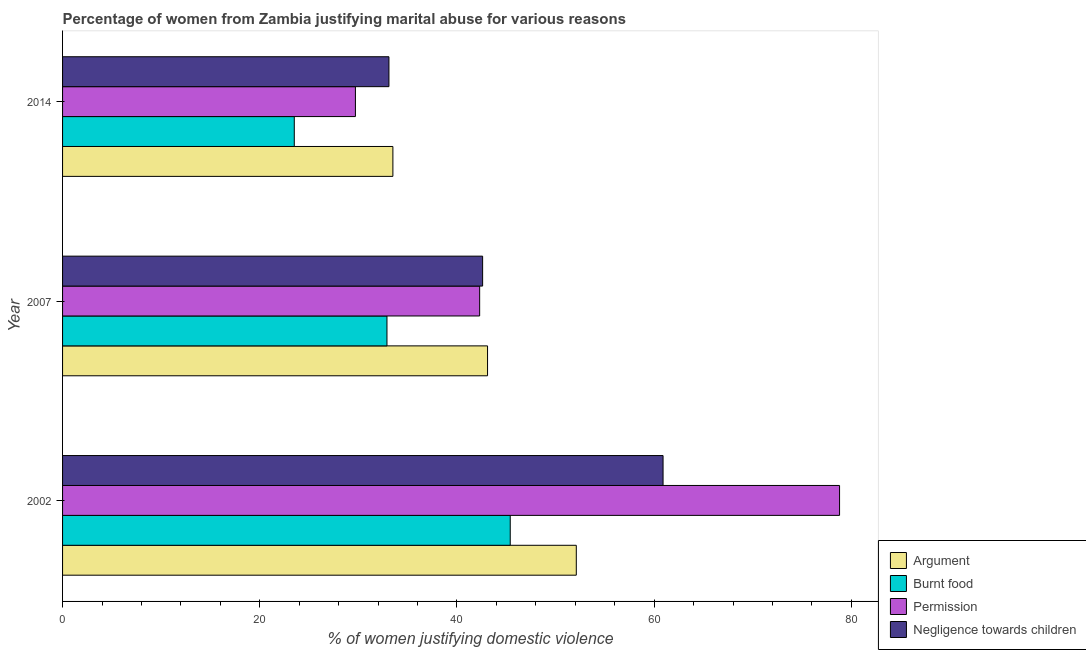
| Year | Argument | Burnt food | Permission | Negligence towards children |
 | --- | --- | --- | --- | --- |
 | 2002 | 52.1 | 45.4 | 78.8 | 60.9 |
 | 2007 | 43.1 | 32.9 | 42.3 | 42.6 |
 | 2014 | 33.5 | 23.5 | 29.7 | 33.1 |